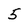
Character: 5